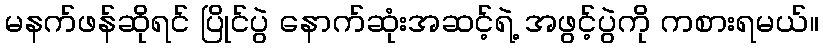
မနက်ဖန်ဆိုရင် ပြိုင်ပွဲ နောက်ဆုံးအဆင့်ရဲ့ အဖွင့်ပွဲကို ကစားရမယ်။